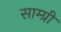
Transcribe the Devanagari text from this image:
साम्ग्री